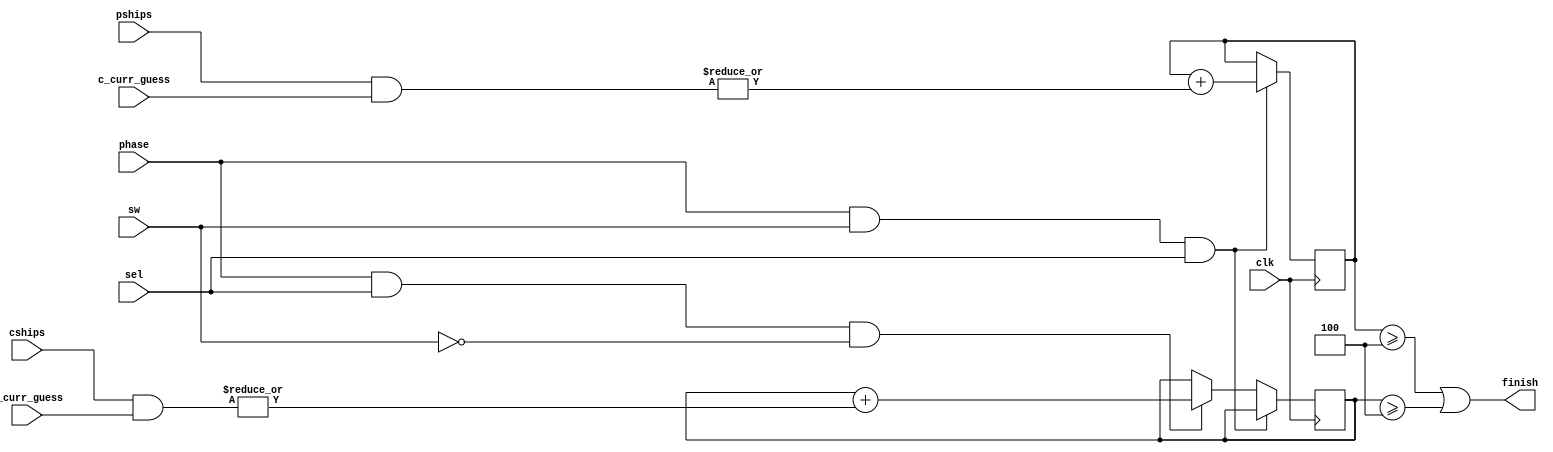
`timescale 1ns / 1ps
//////////////////////////////////////////////////////////////////////////////////
// Company: 
// Engineer: 
// 
// Design Name: 
// Module Name:    correct_guess_counter 
// Project Name: 
// Target Devices: 
// Tool versions: 
// Description: 
//
// Dependencies: 
//
// Revision: 
// Revision 0.01 - File Created
// Additional Comments: 
//
//////////////////////////////////////////////////////////////////////////////////
module correct_guess_counter(
    input clk,      
    input sel,
    input phase,
    input sw,
    input [27: 0] c_curr_guess,
    input [27: 0] p_curr_guess,
    input [27: 0] cships,
    input [27: 0] pships,
    output finish
    );

    reg [2: 0] c_correct = 0;
    reg [2: 0] p_correct = 0;

    assign finish = (c_correct >= 4 || p_correct >= 4);

    always @(posedge clk) begin
        
        if(phase && sw && sel) begin 
            c_correct <= c_correct + |(pships & c_curr_guess);
        end
        
        else if(phase && sel && !sw) begin     //in the game mode
            p_correct <= p_correct + |(cships & p_curr_guess);
        end
    end

endmodule